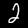
Label: 2